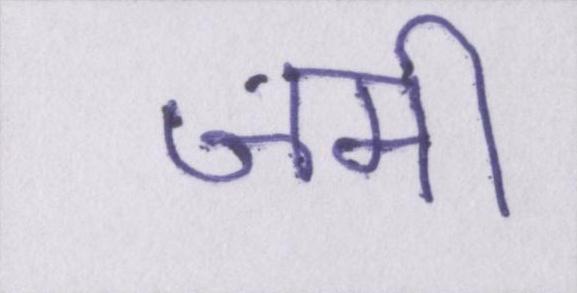
जमी